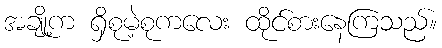
အချို့က ရှိစုမဲ့စုကလေး ထိုင်စားနေကြသည်။